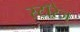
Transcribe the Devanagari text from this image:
स्टॉरेज